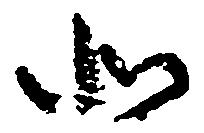
北